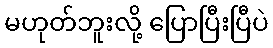
မဟုတ်ဘူးလို့ ပြောပြီးပြီပဲ